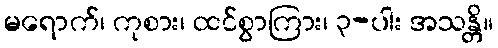
မရောက်၊ ကုစား၊ ထင်စွာကြား၊ ၃-ပါး အသန္တိ။